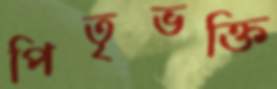
পিতৃভক্তি